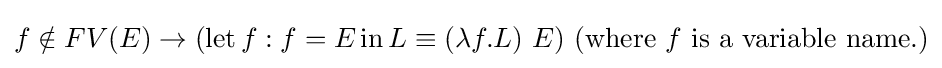
f\notin FV(E)\to (\operatorname {let} f:f=E\operatorname {in} L\equiv (\lambda f.L)\ E)\ {\text{(where }}f{\text{ is a variable name.)}}